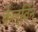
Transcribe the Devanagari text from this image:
केल्विन्